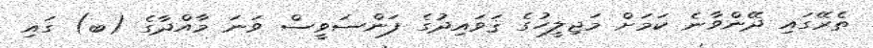
ތެރޭގައި ދޭންވާނެ ކަމަށް މަޖިލީހުގެ ޤަވައިދުގެ ފަންސަވީސް ވަނަ މާއްދާގެ (ބ) ގައި